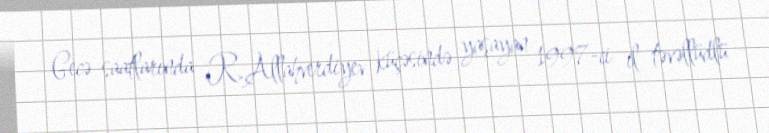
Gecə saatlarında R.Allahverdiyev küçəsində yaşayan 1997-ci il təvəllüdlü